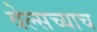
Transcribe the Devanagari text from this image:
वेल्सच्याच